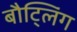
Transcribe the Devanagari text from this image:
बौट्लिंग